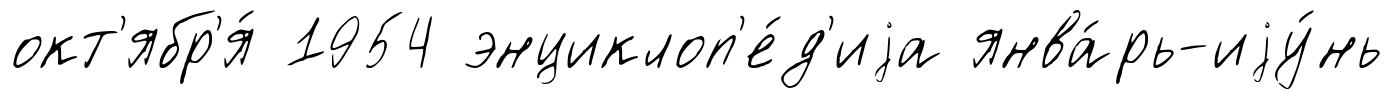
окт'ябр'я́ 1954 энциклоп'е́д'иjа янва́рь-иjу́нь